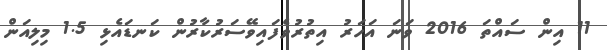
11 އިން ސައްތަ 2016 ވަނަ އަހަރު އިތުރުވެފައިވޭސަރުކާރުން ކަނޑައެޅި 1.5 މިލިއަން